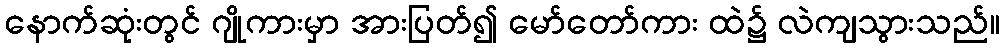
နောက်ဆုံးတွင် ဂျိုကားမှာ အားပြတ်၍ မော်တော်ကား ထဲ၌ လဲကျသွားသည်။